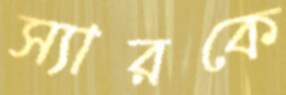
স্যারকে